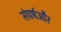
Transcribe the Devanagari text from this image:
संघर्षऔर